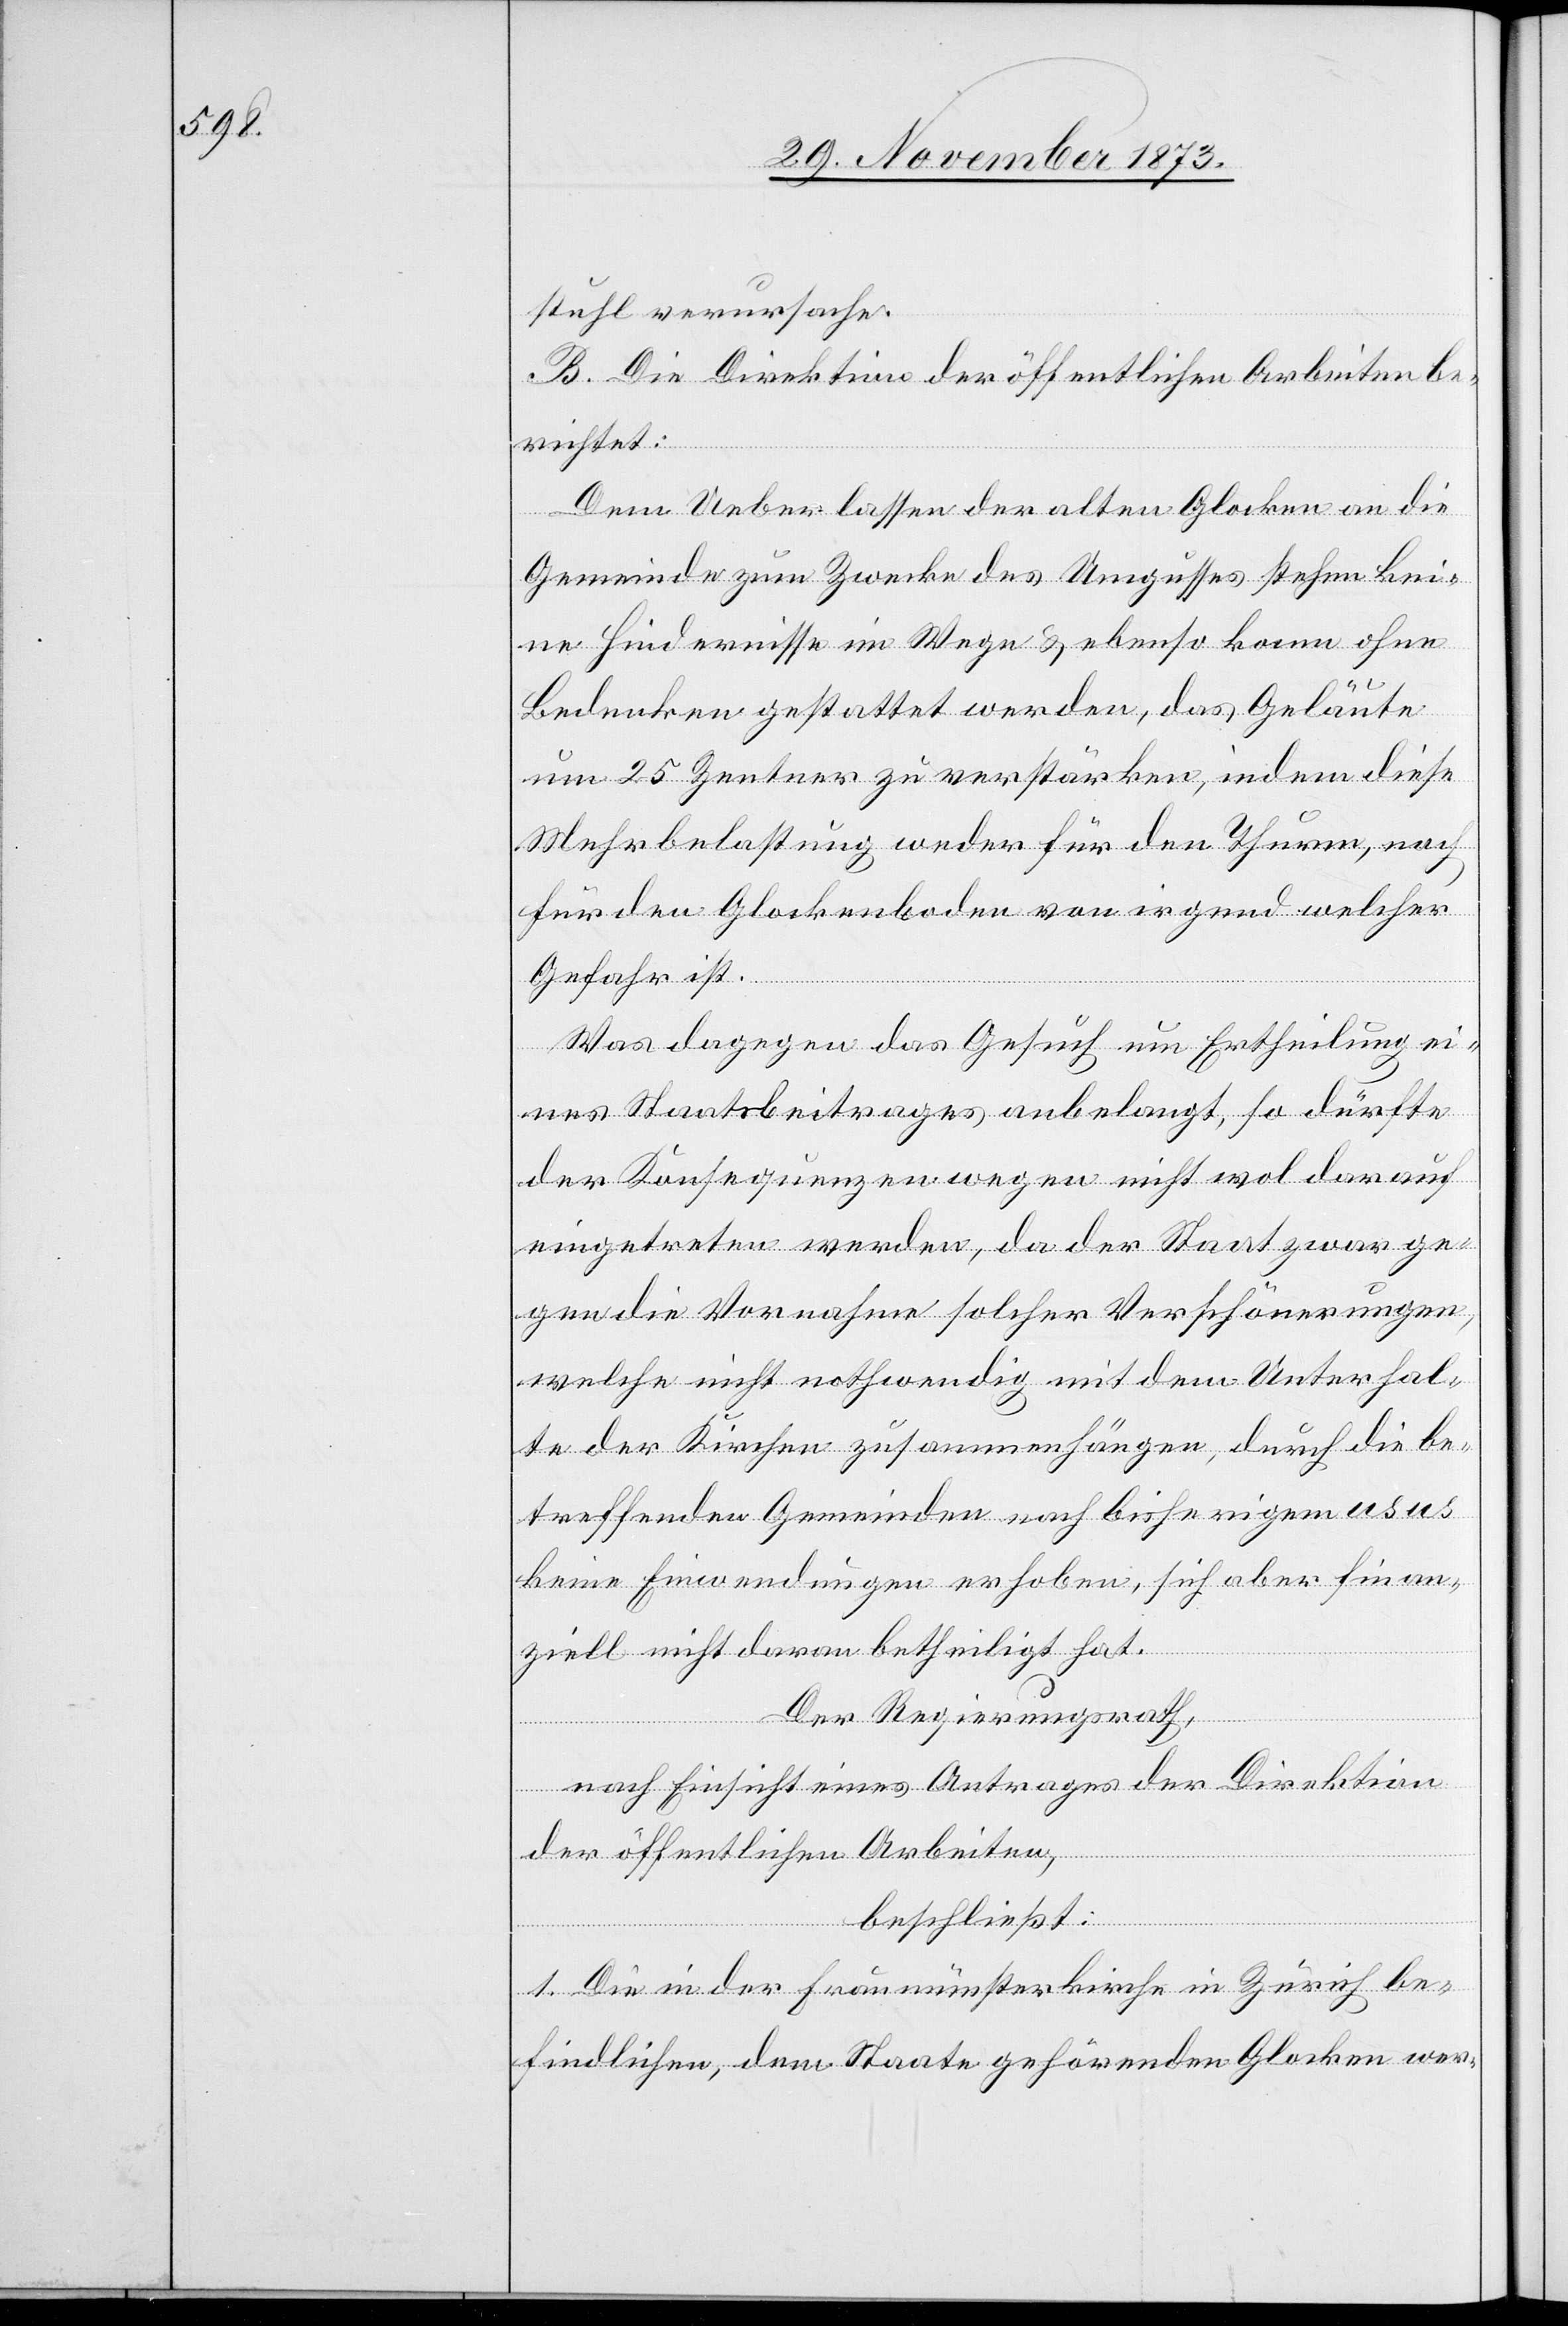
stuhl verursache.
B. Die Direktion der öffentlichen Arbeiten be¬
richtet:
Dem Ueberlassen der alten Glocken an die
Gemeinde zum Zwecke des Umgusses stehen kei¬
ne Hindernisse im Wege & ebenso kann ohne
Bedenken gestattet werden, das Geläute
um 25 Zentner zu verstärken, indem diese
Mehrbelastung weder für den Thurm, noch
für den Glockenboden von irgend welcher
Gefahr ist.
Was dagegen das Gesuch um Ertheilung ei¬
nes Staatsbeitrages anbelangt, so dürfte
der Konsequenzen wegen nicht wol darauf
eingetreten werden, da der Staat zwar ge¬
gen die Vornahme solcher Verschönerungen,
welche nicht nothwendig mit dem Unterhal¬
te der Kirchen zusammenhängen, durch die be¬
treffenden Gemeinden nach bisherigem usus
keine Einwendungen erhoben, sich aber finan¬
ziell nicht daran betheiligt hat.
Der Regierungsrath,
nach Einsicht eines Antrages der Direktion
der öffentlichen Arbeiten,
beschließt:
1. Die in der Fraumünsterkirche in Zürich be¬
findlichen, dem Staate gehörenden Glocken wer-